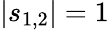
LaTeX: |s_{1,2}|=1